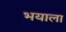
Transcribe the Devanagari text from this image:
भयाला